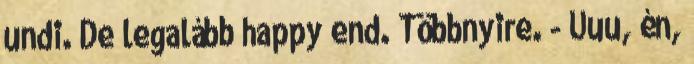
undi. De legalább happy end. Többnyire. - Uuu, én,